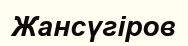
Жансүгіров